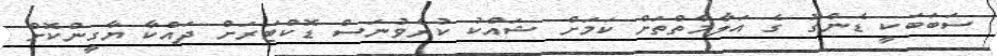
ސަބަބަކީ ޑެންގޫ ގެ އަލާމާތްތަށް ކަމަށް ޝައްކު ކުރެވުނަސް ޑޮކްޓަރަށް ދައްކާ ޔާގީންކޮށް